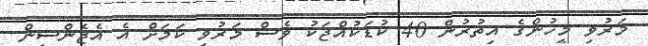
މަރުވި މީހުންގެ އިތުރުން 40 ކުޑަކުއްޖަކު ވެސް މަރުވި ކަމަށް އެ އެޖެންސީން